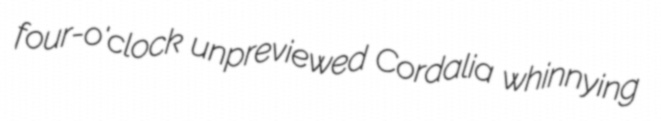
four-o'clock unpreviewed Cordalia whinnying